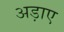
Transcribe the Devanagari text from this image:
अड़ाए